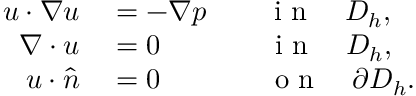
\begin{array} { r l } { u \cdot \nabla u } & { { } = - \nabla p \qquad \mathrm { ~ i ~ n ~ } \quad D _ { h } , } \\ { \nabla \cdot u } & { { } = 0 \qquad \quad \ \ \mathrm { ~ i ~ n ~ } \quad D _ { h } , } \\ { u \cdot \hat { n } } & { { } = 0 \qquad \quad \ \ \mathrm { ~ o ~ n ~ } \quad \partial D _ { h } . } \end{array}